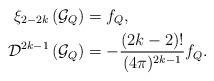
LaTeX: \begin{align*}\xi_{2-2k}\left(\mathcal{G}_{Q}\right) &= f_{Q},\\\mathcal{D}^{2k-1}\left(\mathcal{G}_{Q}\right)&= -\frac{(2k-2)!}{(4\pi)^{2k-1}} f_{Q}. \end{align*}